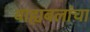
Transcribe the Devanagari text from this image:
बाह्यबलांचा